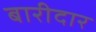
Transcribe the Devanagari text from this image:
बारीदार